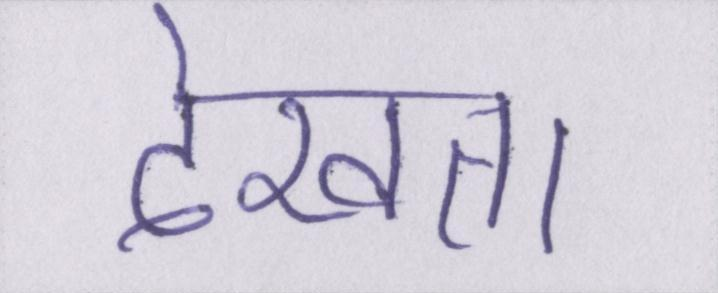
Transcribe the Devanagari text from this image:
देखता